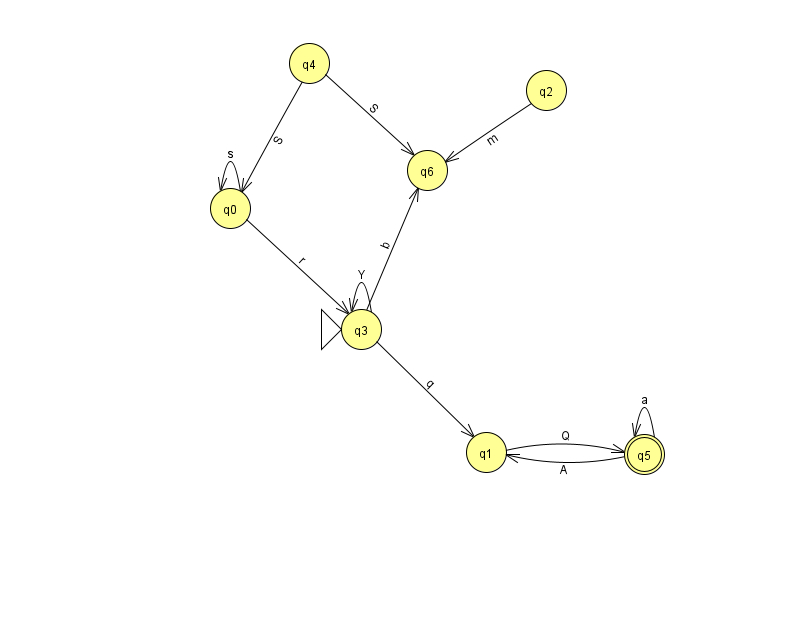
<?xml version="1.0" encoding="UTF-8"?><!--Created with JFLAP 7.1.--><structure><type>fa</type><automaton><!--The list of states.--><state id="0" name="q0"><x>230.0</x><y>195.0</y></state><state id="1" name="q1"><x>486.0</x><y>439.0</y></state><state id="2" name="q2"><x>546.0</x><y>77.0</y></state><state id="3" name="q3"><x>361.0</x><y>316.0</y><initial/></state><state id="4" name="q4"><x>309.0</x><y>50.0</y></state><state id="5" name="q5"><x>644.0</x><y>441.0</y><final/></state><state id="6" name="q6"><x>427.0</x><y>157.0</y></state><!--The list of transitions.--><transition><from>5</from><to>5</to><read>a</read></transition><transition><from>0</from><to>0</to><read>s</read></transition><transition><from>4</from><to>0</to><read>S</read></transition><transition><from>4</from><to>6</to><read>S</read></transition><transition><from>3</from><to>1</to><read>q</read></transition><transition><from>1</from><to>5</to><read>Q</read></transition><transition><from>3</from><to>3</to><read>Y</read></transition><transition><from>5</from><to>1</to><read>A</read></transition><transition><from>0</from><to>3</to><read>r</read></transition><transition><from>2</from><to>6</to><read>m</read></transition><transition><from>3</from><to>6</to><read>b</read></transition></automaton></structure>